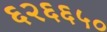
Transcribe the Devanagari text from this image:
६२६६५०